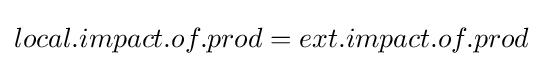
local.impact.of.prod=ext.impact.of.prod